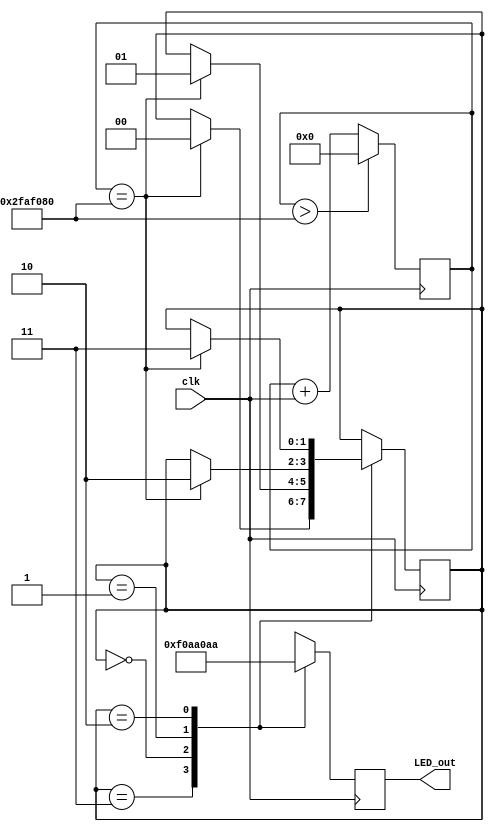
module FSM( clk, LED_out );

input clk;
output [7:0] LED_out;
reg [7:0] LED_out;
reg [1:0] state;
parameter S0=0, S1=1, S2=2, RST=3;


// counting logic that generates a synchronous time_elapsed signal
// it can be used to transition between states after a certain time
reg [31:0] time_elapsed;

initial begin
	time_elapsed <= 32'b0;
	LED_out[7:0] <= 8'b00000000;
	

end

always@ (posedge clk)
begin
	time_elapsed <= time_elapsed + clk;
	

	if (time_elapsed > 50000000)

		begin
			time_elapsed <= 32'b0;
		end

//TODO
end


// state transition logic
always@ (posedge clk) 
begin
	case(state)
		RST : begin
		if (time_elapsed == 50000000) begin
			state <= S0;
			end
		end
		
		S0 : begin
			//TODO
			if (time_elapsed == 50000000) begin
			state <= S1;
			end
		end
		
		S1 : begin
				//TODO
			if (time_elapsed == 50000000) begin
			state <= S2;
			end
		end
		
		S2 : begin
				//TODO
			if (time_elapsed == 50000000) begin		
			//time_elapsed <= 32'b0;
			state <= RST;
			end
		end
		
		default : begin
		state <= RST;
		end
		
	 endcase
end



// combinational output logic
always@(posedge clk ) begin

	case(state)
		RST : begin
			LED_out[7:0] <= 8'b00001111;
		end
		
		S0 : begin 
			LED_out[7:0] <= 8'b00001010;		//TODO
		end
		
		S1 : begin 
			LED_out[7:0] <= 8'b10100000; //TODO
		end
		
		S2 : begin 
			LED_out[7:0] <= 8'b10101010;
		end
		
		default : begin
			LED_out[7:0] <= 8'b00000000; //TODO
		end
	endcase
end

endmodule